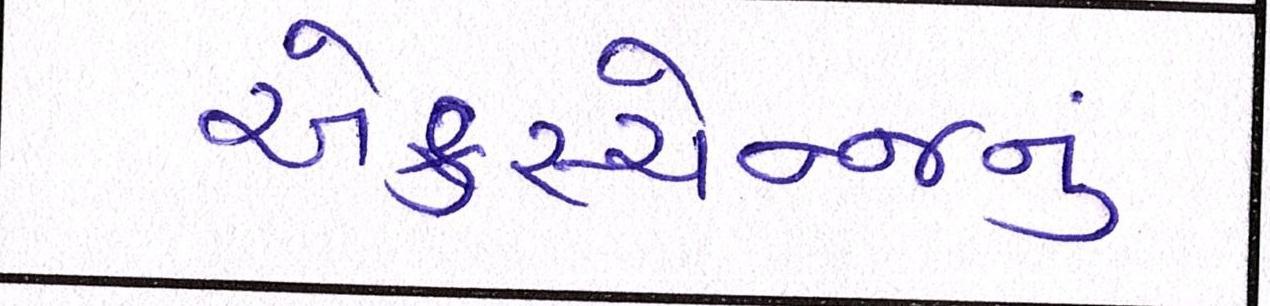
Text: એક્સ્ચેન્જનું